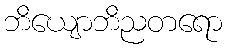
ဘိယျောဘိညတရော